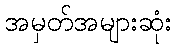
အမှတ်အများဆုံး